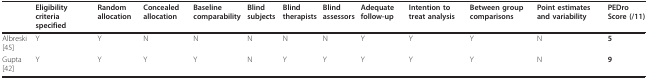
|  | Eligibility criteria specified | Random allocation | Concealed allocation | Baseline comparability | Blind subjects | Blind therapists | Blind assessors | Adequate follow-up | Intention to treat analysis | Between group comparisons | Point estimates and variability | PEDro Score (/11) |
 | --- | --- | --- | --- | --- | --- | --- | --- | --- | --- | --- | --- | --- |
 | Albreski [45] | Y | Y | N | N | N | N | N | Y | Y | Y | N | 5 |
 | Gupta [42] | Y | Y | Y | Y | N | Y | Y | Y | Y | Y | N | 9 |